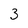
Character: 3